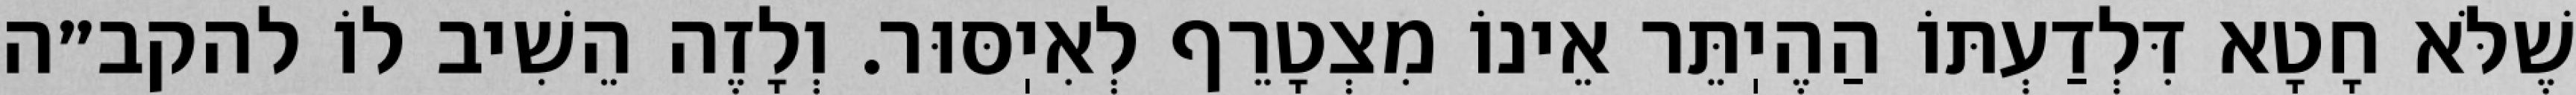
שֶׁלֹּא חָטָא דִּלְדַעְתּוֹ הַהֶיֽתֵּר אֵינוֹ מִצְטָרֵף לְאִיֽסּוּר. וְלָזֶה הֵשִׁיב לוֹ להקב״ה